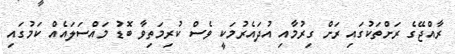
ރާއްޖޭގެ ރަށްތަކުގައި ރަށް ގިރުމާއި އުދައެރުމަކީ ވެސް ކުރިމަތިވާ ބޮޑު މައްސަލައެއް ކަމުގައި